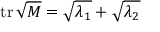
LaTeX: \operatorname { t r } { \sqrt { M } } = { \sqrt { \lambda _ { 1 } } } + { \sqrt { \lambda _ { 2 } } }